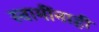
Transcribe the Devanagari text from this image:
स्वामींनाही